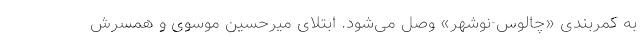
به کمربندی «چالوس-نوشهر» وصل می‌شود. ابتلای میرحسین موسوی و همسرش